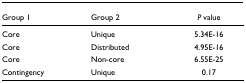
<table><thead><tr><td><b>Group 1</b></td><td><b>Group 2</b></td><td><b><i>P </i>value</b></td></tr></thead><tbody><tr><td>Core</td><td>Unique</td><td>5.34E-16</td></tr><tr><td>Core</td><td>Distributed</td><td>4.95E-16</td></tr><tr><td>Core</td><td>Non-core</td><td>6.55E-25</td></tr><tr><td>Contingency</td><td>Unique</td><td>0.17</td></tr></tbody></table>